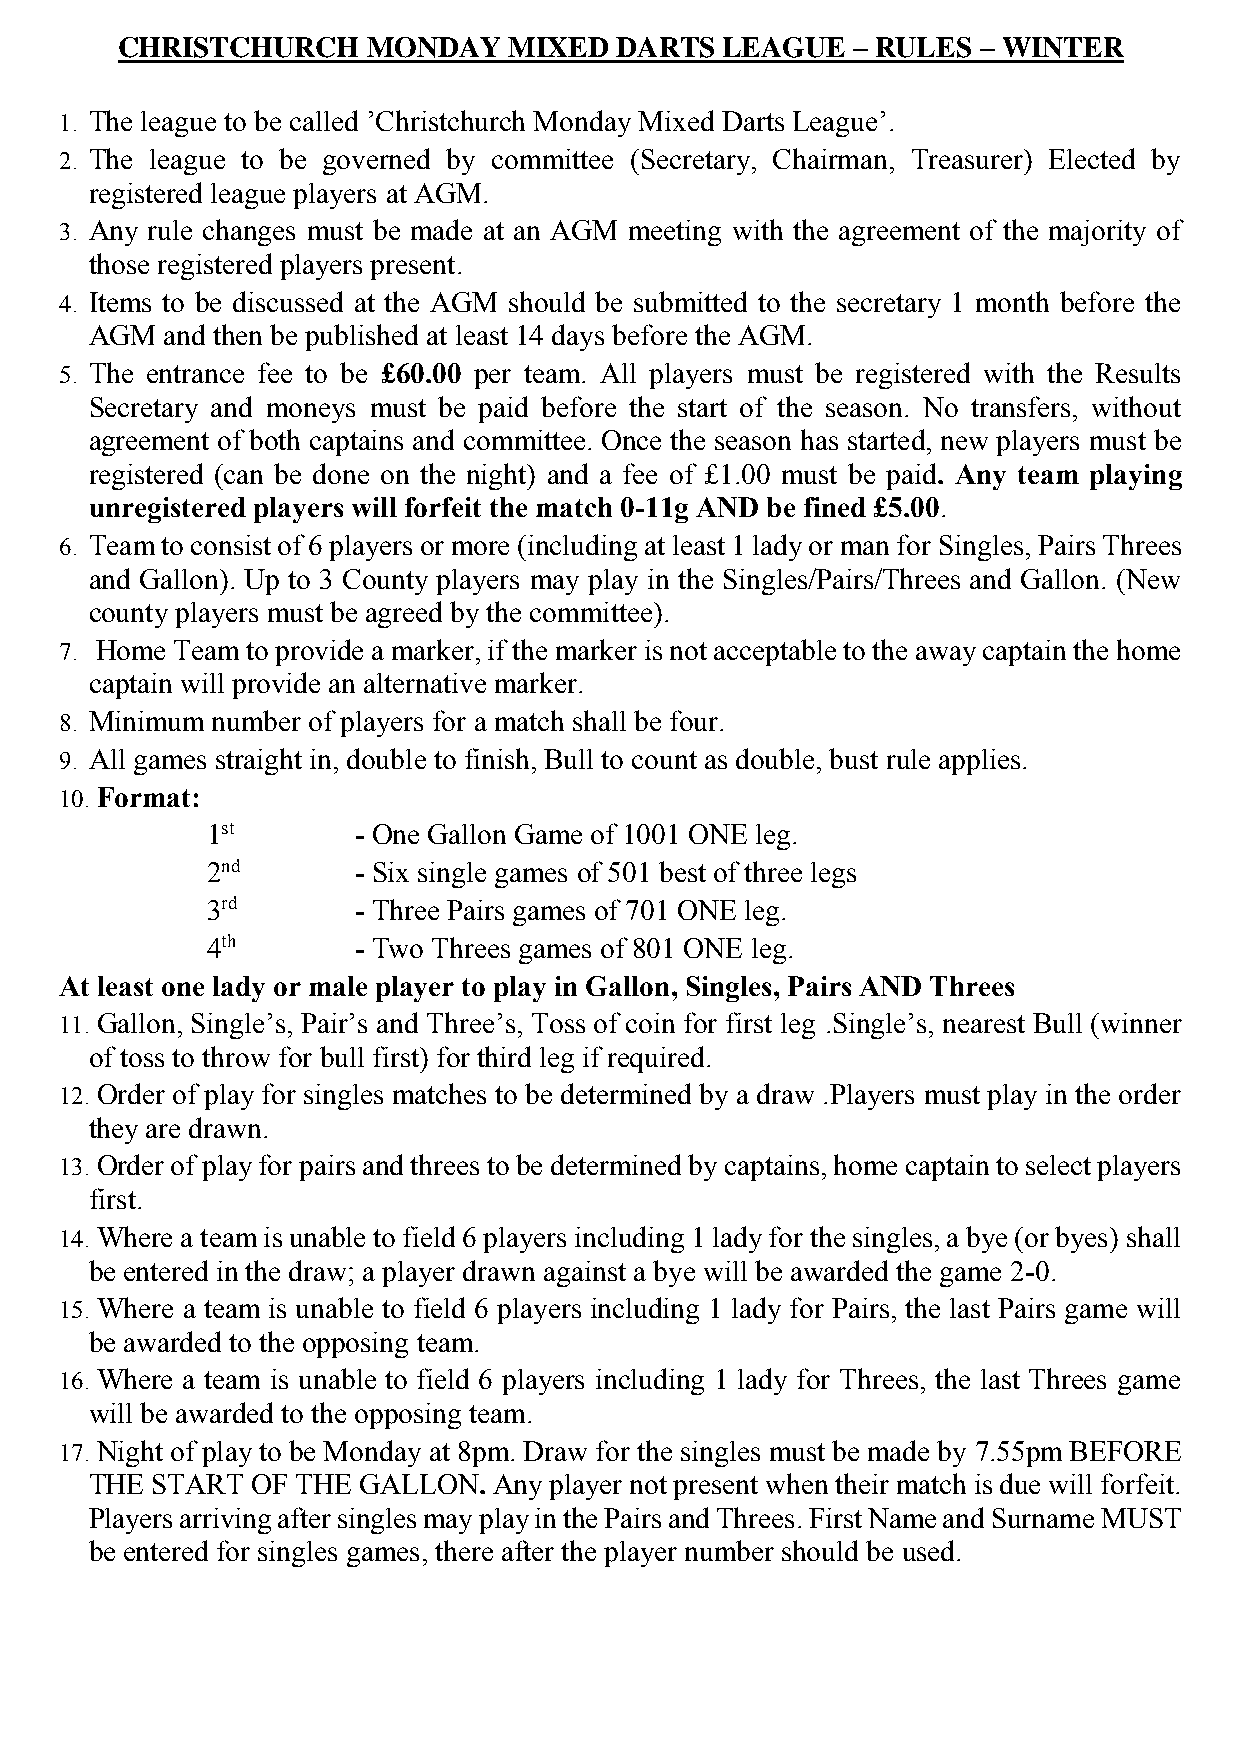
CHRISTCHURCH    MONDAY    MIXED  DARTS  LEAGUE  – RULES  – WINTER
 1. The league to be called ’Christchurch Monday Mixed Darts League’.
 2. The league to be governed by committee (Secretary, Chairman, Treasurer) Elected by
 registered league players at AGM.
 3. Any rule changes must be made at an AGM meeting with the agreement of the majority of
 those registered players present.
 4. Items to be discussed at the AGM should be submitted to the secretary 1 month before the
 AGM  and then be published at least 14 days before the AGM.
 5. The entrance fee to be £60.00 per team. All players must be registered with the Results
 Secretary and moneys must be paid before the start of the season. No transfers, without
 agreement of both captains and committee. Once the season has started, new players must be
 registered (can be done on the night) and a fee of £1.00 must be paid. Any team playing
 unregistered players will forfeit the match 0-11g AND be fined £5.00.
 6. Team to consist of 6 players or more (including at least 1 lady or man for Singles, Pairs Threes
 and Gallon). Up to 3 County players may play in the Singles/Pairs/Threes and Gallon. (New
 county players must be agreed by the committee).
 7. Home Team to provide a marker, if the marker is not acceptable to the away captain the home
 captain will provide an alternative marker.
 8. Minimum number of players for a match shall be four.
 9. All games straight in, double to finish, Bull to count as double, bust rule applies.
 10. Format:
 1st      - One Gallon Game of 1001 ONE leg.
 2nd      - Six single games of 501 best of three legs
 3rd      - Three Pairs games of 701 ONE leg.
 4th      - Two Threes games of 801 ONE leg.
 At least one lady or male player to play in Gallon, Singles, Pairs AND Threes
 11. Gallon, Single’s, Pair’s and Three’s, Toss of coin for first leg .Single’s, nearest Bull (winner
 of toss to throw for bull first) for third leg if required.
 12. Order of play for singles matches to be determined by a draw .Players must play in the order
 they are drawn.
 13. Order of play for pairs and threes to be determined by captains, home captain to select players
 first.
 14. Where a team is unable to field 6 players including 1 lady for the singles, a bye (or byes) shall
 be entered in the draw; a player drawn against a bye will be awarded the game 2-0.
 15. Where a team is unable to field 6 players including 1 lady for Pairs, the last Pairs game will
 be awarded to the opposing team.
 16. Where a team is unable to field 6 players including 1 lady for Threes, the last Threes game
 will be awarded to the opposing team.
 17. Night of play to be Monday at 8pm. Draw for the singles must be made by 7.55pm BEFORE
 THE START  OF THE GALLON.  Any player not present when their match is due will forfeit.
 Players arriving after singles may play in the Pairs and Threes. First Name and Surname MUST
 be entered for singles games, there after the player number should be used.